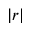
| r |